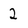
Character: 2